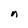
Character: n